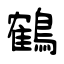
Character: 鶴